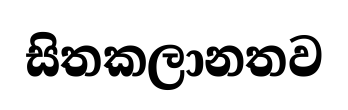
සිතකලානතව